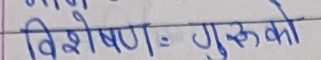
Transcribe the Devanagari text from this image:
विशेषण: गुरुको